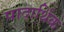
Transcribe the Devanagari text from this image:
पादार्थिक